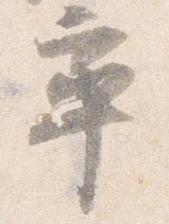
率